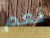
نعم